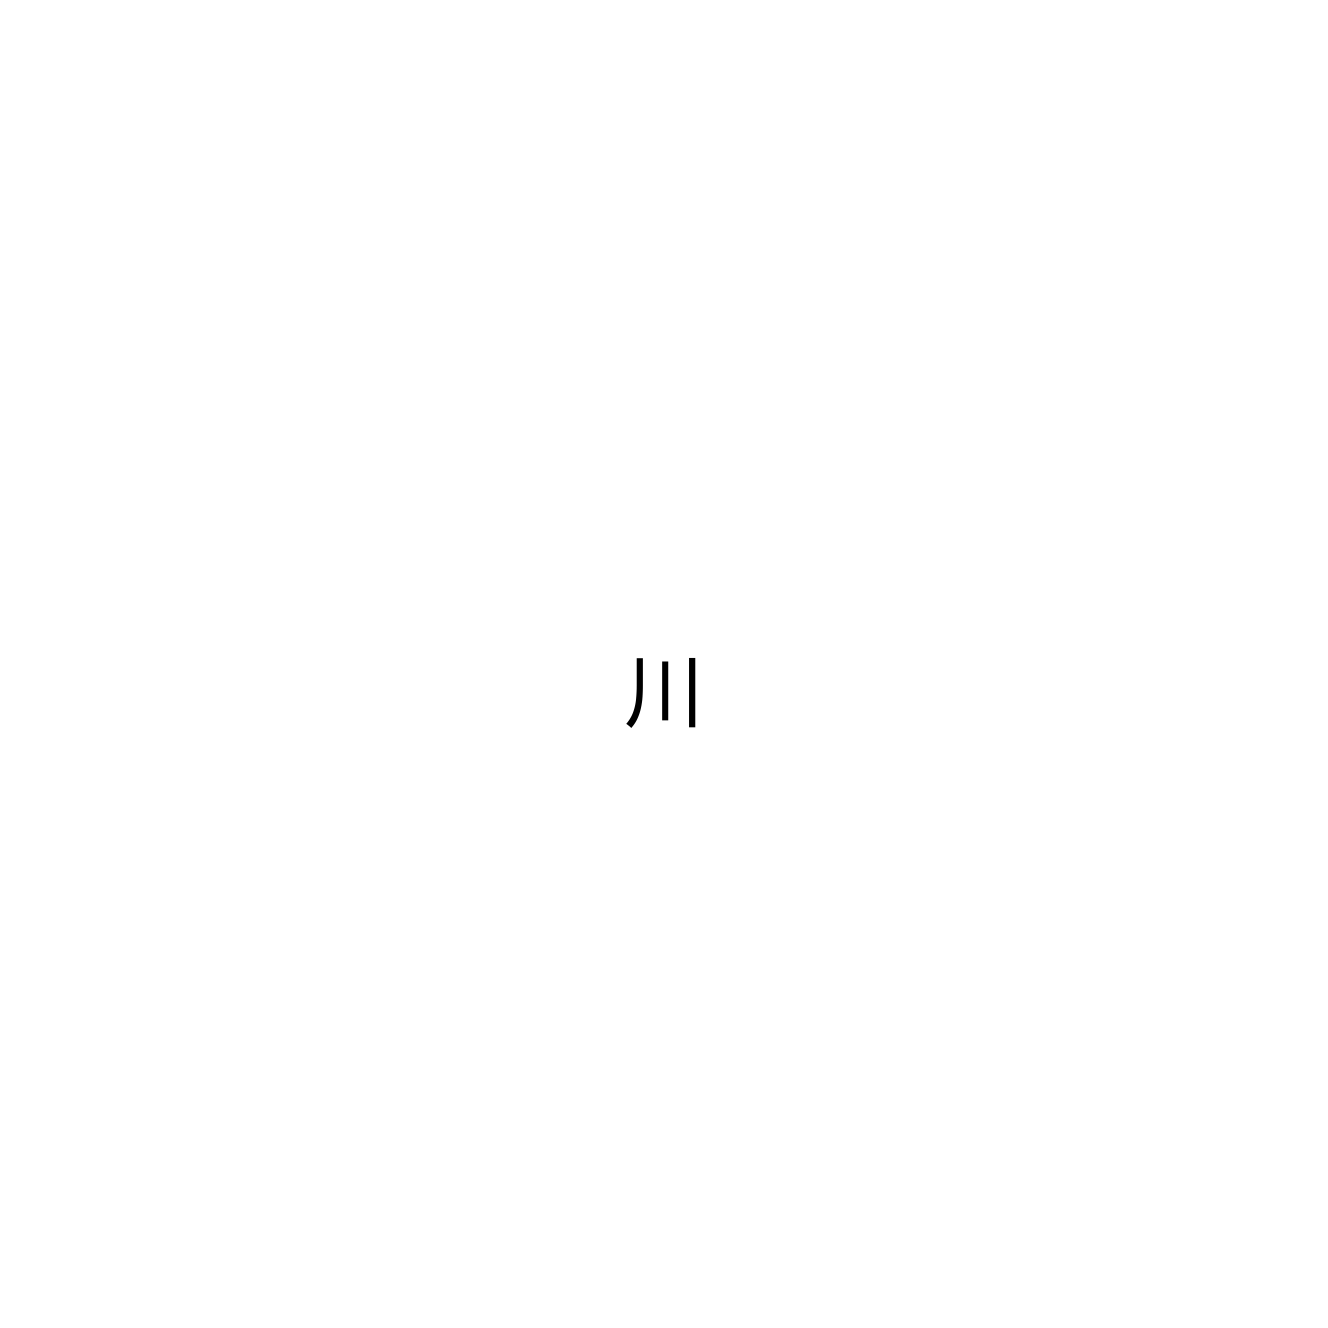
川